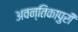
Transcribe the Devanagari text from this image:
अवन्तिकापुरी